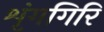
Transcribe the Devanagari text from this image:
शृंगगिरि